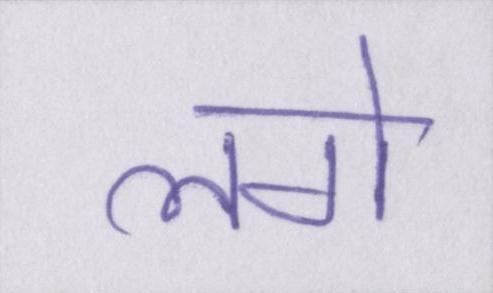
लगे